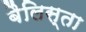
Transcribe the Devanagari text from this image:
बैलिस्ता